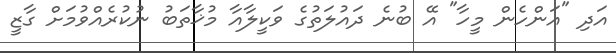
އަދި "އަންހެން މީހާ" އޭ ބުނެ ދައުލަތުގެ ވަކީލާއާ މުޚާތަބު ނުކުރެއްވުމަށް ގާޒީ